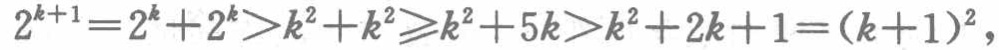
\(2^{k + 1} = 2^{k}+2^{k}>k^{2}+k^{2}\geqslant k^{2}+5k>k^{2}+2k + 1=(k + 1)^{2},\)